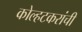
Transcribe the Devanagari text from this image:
कोल्हटकरांची